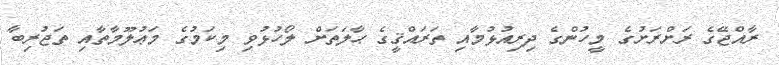
ރާއްޖޭގެ ރަށްރަށުގެ މީހުންގެ ދިރިއުޅުމާއި ތަރައްޤީގެ ޙާލަތަށް ލޯހުޅުވި މިކަމުގެ މަޢުލޫމާތާއި ތަޖުރިބާ